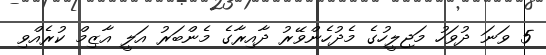
5 ވަނަ ދުވަހު މަޖިލީހުގެ މެދުހެންވޭރު ދާއިރާގެ މެންބަރު އަލީ އާޒިމް ކުރެއްވި